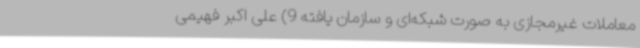
معاملات غیرمجازی به صورت شبکه‌ای و سازمان یافته 9) علی اکبر فهیمی